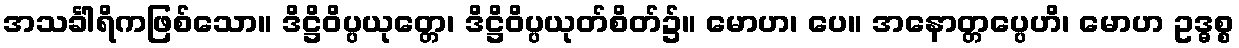
အသင်္ခါရိကဖြစ်သော။ ဒိဋ္ဌိဝိပ္ပယုတ္တေ၊ ဒိဋ္ဌိဝိပ္ပယုတ်စိတ်၌။ မောဟ၊ ပေ။ အနောတ္တပ္ပေဟိ၊ မောဟ ဥဒ္ဓစ္စ